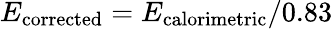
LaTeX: E_{\textrm{corrected}}=E_{\textrm{calorimetric}}/0.83